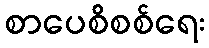
စာပေစိစစ်ရေး